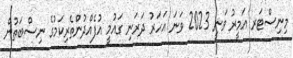
މިނިސްޓަރ އަމީރު ވަނީ 2023 ވަނަ އަހަރު ދަރަނި ގައުމީ އުފެއްދުންތެރިކަމުގެ ނިސްބަތުން